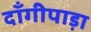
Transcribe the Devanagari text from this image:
दाँगीपाड़ा